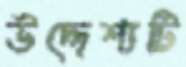
উদ্দেশ্যটি